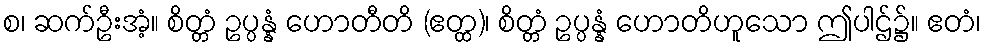
စ၊ ဆက်ဦးအံ့။ စိတ္တံ ဥပ္ပန္နံ ဟောတီတိ (ဧတ္ထ)၊ စိတ္တံ ဥပ္ပန္နံ ဟောတိဟူသော ဤပါဌ်၌။ ဧတံ၊